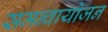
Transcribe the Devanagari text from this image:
समन्वायोजन